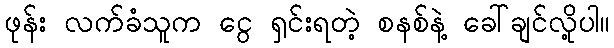
ဖုန်း လက်ခံသူက ငွေ ရှင်းရတဲ့ စနစ်နဲ့ ခေါ်ချင်လို့ပါ။